Punjab Mental Hospital Lahore 1922-31 - 1922-1931
Year: 1922
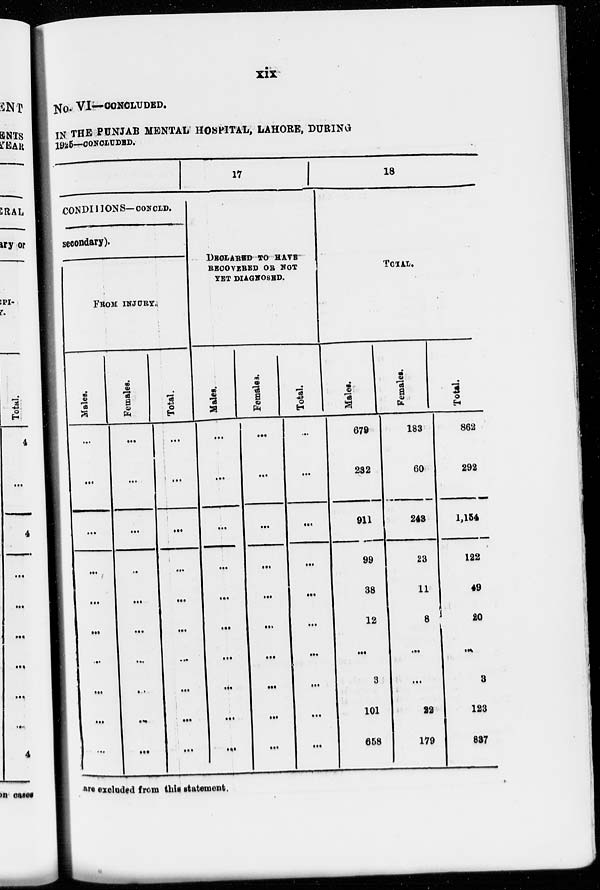
xix
NO. VI—CONCLUDED.
IN THE PUNJAB MENTAL HOSPITAL, LAHORE, DURING
1925—CONCLUDED.
CONDITIONS—CONCLD.
secondary).
FROM INJURY.
Males.
...
...
...
...
...
...
...
...
...
...
Females.
...
...
...
...
...
...
...
...
...
...
Total.
...
...
...
...
...
...
...
...
...
...
17
DECLARED TO HAVE
RECOVERED OR NOT
YET DIAGNOSED.
Males.
...
...
...
...
...
...
...
...
...
...
Females.
...
...
...
...
...
...
...
...
...
...
Total.
...
...
...
...
...
...
...
...
...
...
18
TOTAL.
Males.
679
232
911
99
38
12
...
3
101
658
Females.
183
60
243
23
11
8
...
...
22
179
Total.
862
292
1,154
122
49
20
...
3
123
837
are excluded from this statement.